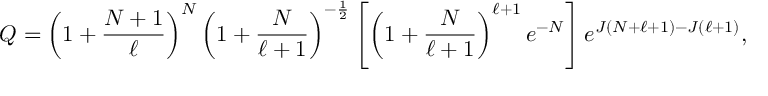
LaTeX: Q = \left( 1 + \frac { N + 1 } { \ell } \right) ^ { N } \left( 1 + \frac { N } { \ell + 1 } \right) ^ { - \frac { 1 } { 2 } } \left[ \left( 1 + \frac { N } { \ell + 1 } \right) ^ { \ell + 1 } e ^ { - N } \right] e ^ { J ( N + \ell + 1 ) - J ( \ell + 1 ) } ,